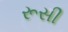
રૂસી